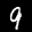
Label: 9